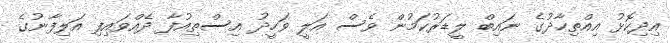
އިދިކޮޅު އިއްތިހާދުގެ ނައިބް ލީޑަރުކަމުން ވެސް އަލީ ވަހީދު އިސްތިއުފާ ދެއްވައިފި އަލިފާނުގެ